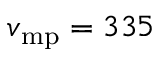
v _ { \mathrm { m p } } = 3 3 5